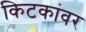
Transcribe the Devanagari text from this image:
किटकांवर